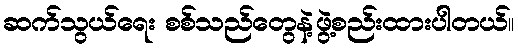
ဆက်သွယ်ရေး စစ်သည်တွေနဲ့ဖွဲ့စည်းထားပါတယ်။